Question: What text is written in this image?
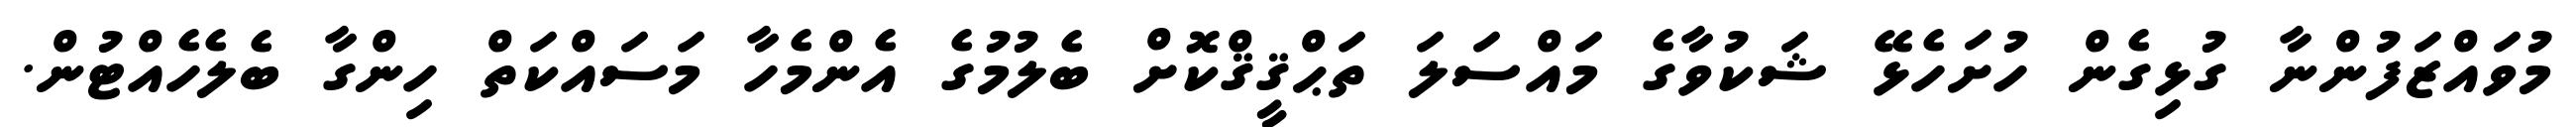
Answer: މުވައްޒަފުންނާ ގުޅިގެން ހުށަހެޅޭ ޝަކުވާގެ މައްސަލަ ތަޙްޤީޤްކޮށް ބެލުމުގެ އެންމެހާ މަސައްކަތް ހިންގާ ބެލެހެއްޓުން.